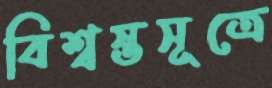
বিশ্বস্তসূত্রে